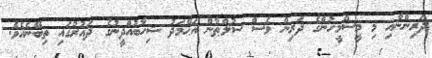
ދަރިންނާއި މި މީސްމީހުންގެ ދަރިން ވެސް ސުލްޠާން އަޙްމަދު ޝިހާބުއްދީނުގެ ދައުރުގައި ތިބޭނެއެވެ.